Civil Veterinary Department. United Provinces 1923-31 - 1923-1931
Year: 1923
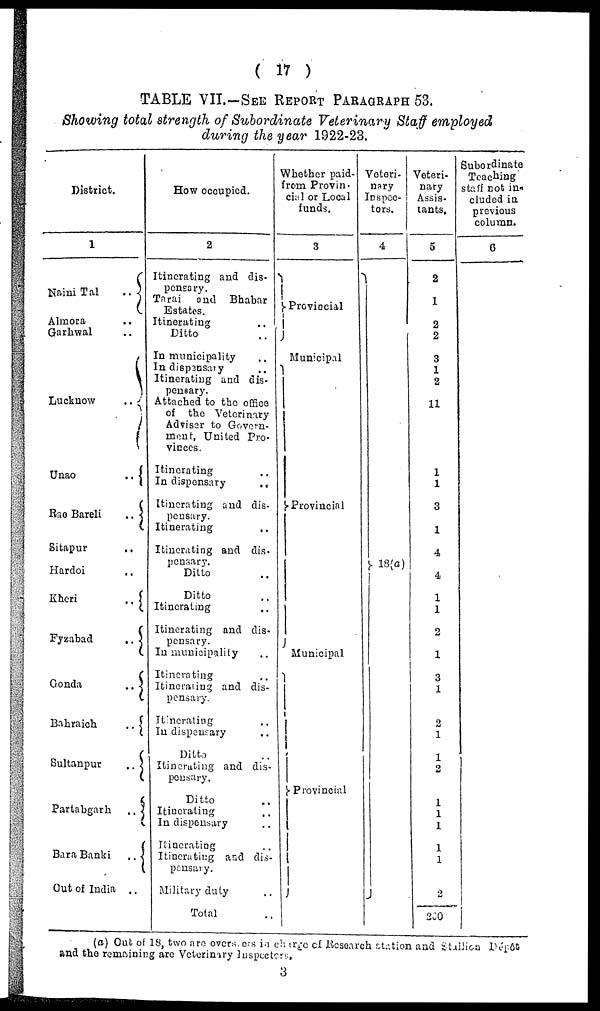
( 17 )
TABLE VII.-SEE REPORT PARAGRAPH 53.
Showing total strength of Subordinate Veterinary Staff employed
during the year 1922-23.
District.
1
Naini Tal
..
Almora ..
Garhwal ..
Lucknow
..
Unao
..
Rao Bareli
..
Sitapur
..
Hardoi ..
Kheri
..
Fyzabad
..
Gonda
..
c
Bahraich
..
Sultanpur
..
Partabgarh
..
Bara Banki
..
Out of India ..
How occupied.
2
Itinerating and dis.
pensary.
Tarai and Bhabar
Estates.
Itinerating ..
Ditto ..
In municipality ..
In dispsnsary ..
Itinerating and dis-
pensary.
Attached to the office
of the Veterinary
Adviser to Govern-
ment, United Pro-
vinces.
Itinerating ..
In dispensary
..
Itinerating and dis-
pensary.
Itinerating ..
Itinerating and dis-
pensary.
Ditto ..
Ditto ..
Itinerating..
Itinerating and dis.
pensary.
In municipality ..
Itinerating..
Itinerating and dis-
pensary.
Itinerating ..
In dispensary ..
Ditto ..
Itinerating and dis-
pensary.
Ditto ..
Itinerating ..
In dispensary..
Itinerating ..
Itinerating and dis-
pensary.
Military duty ..
Total ..
Whether paid-
from Provin-
cial or Local
funds.
3
Provincial
Municipal
Provincial
Municipal
Provincial
Veteri-
nary
Inspec-
tors.
4
18(a)
Veteri-
nary
Assis-
tants,
5
2
1
2
2
3
1
2
11
1
1
3
1
4
4
1
1
2
1
3
1
2
1
1
2
1
1
1
1
1
2
260
Subordinate
Teaching
staff not in-
cluded in
previous
column.
6
(a) Out of 18, two are overs, ers in charge of Research station and Stallion Dépôt
and the remaining are Veterinary Iuspectors,
3